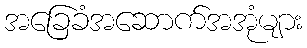
အခြေခံအဆောက်အအုံများ